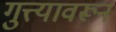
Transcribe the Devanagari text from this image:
गुत्त्यावरून